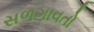
સળગાવતો